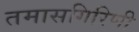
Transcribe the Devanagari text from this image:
तमासगिरिणी